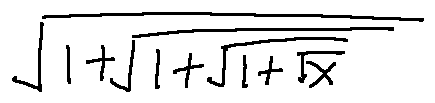
\sqrt { 1 + \sqrt { 1 + \sqrt { 1 + \sqrt { x } } } }